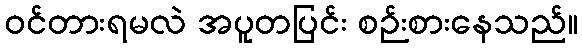
ဝင်တားရမလဲ အပူတပြင်း စဉ်းစားနေသည်။